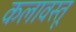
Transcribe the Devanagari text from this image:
कलावस्तू